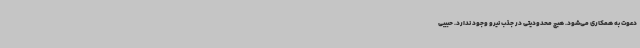
دعوت به همکاری می‌شود. هیچ محدودیتی در جذب نیرو وجود ندارد. حبیبی